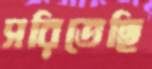
সরিতেছি